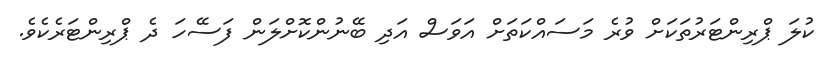
ކުލަ ޕްރިންޓަރުތަކަށް ވުރެ މަސައްކަތަށް އަވަސް އަދި ބޭނުންކޮށްލަން ފަސޭހަ ދެ ޕްރިންޓަރެކެވެ.